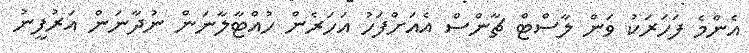
އެންމެ ފަހަރަކު ވަން ލާސްޓް ޗާންސް އެއަށްފަހު އަހަރެން ހުއްޓާލާނަން ނުދާނަން އަރުފީނު